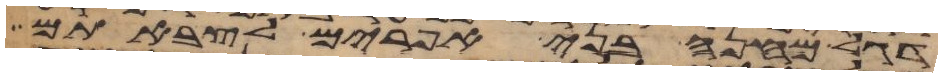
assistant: דגל מחנה בני אפרים לצבאתם